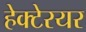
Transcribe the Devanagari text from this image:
हेक्टेरयर